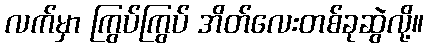
လက်မှာ ကြွပ်ကြွပ် အိတ်လေးတစ်ခုဆွဲလို့။